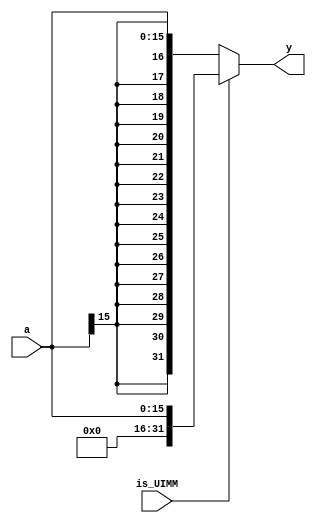
`timescale 1ns / 1ps

module signext(
	input 	wire	[15:0] 	a,
	input 	wire	 		is_UIMM,
	output 	wire	[31:0] 	y
    );

	assign y = is_UIMM 	?	{ 16'b0, a }
						:	{ { 16 { a[15] } }, a };
endmodule